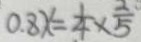
0 . 8 x = \frac { 1 } { 4 } \times \frac { 2 } { 5 }